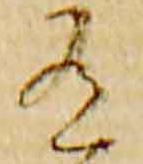
有